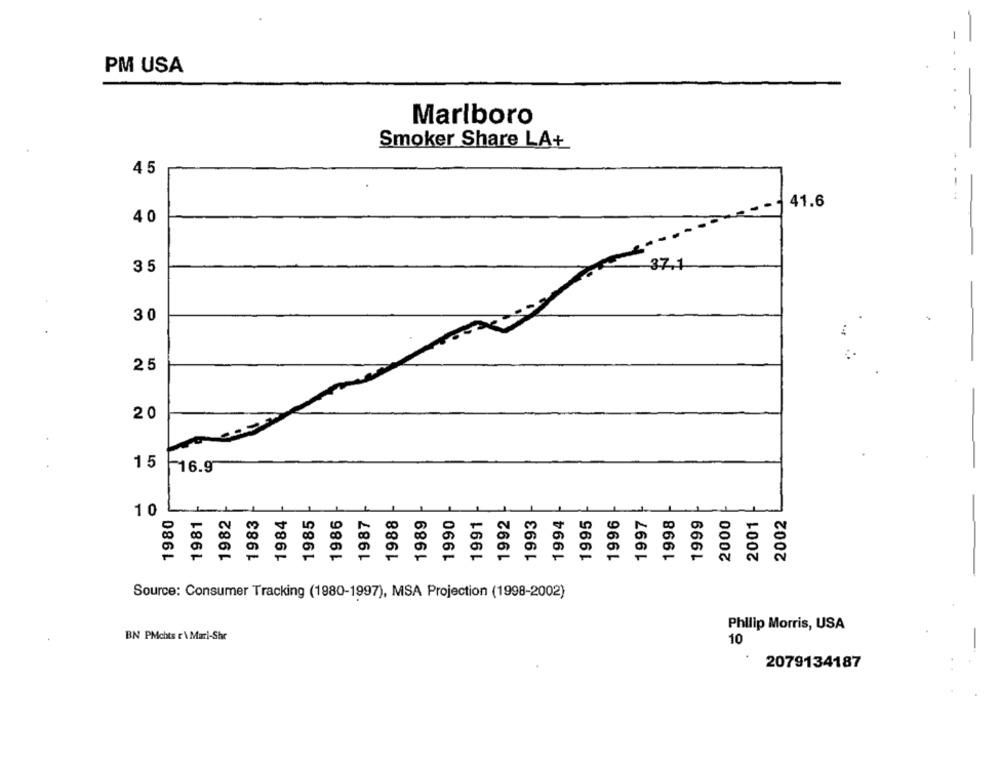
-
PM USA
Marlboro
Smoker Share LA+
-
45
41.6
40
35
37.1
30
25
20
15
16.9
10
1982
1984
1985
1986
1988
1989
1990
1992
1993
1994
1996
1997
1998
1999
2000
1980
1981
1983
1987
1991
1995
2001
2002
Source: Consumer Tracking (1980-1997), MSA Projection (1998-2002)
Philip Morris, USA
BN PMchts r\ Mari-Shr
10
2079134187